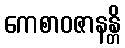
ကေစာဝဇာနန္တိ